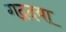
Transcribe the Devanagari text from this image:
गद्गदया